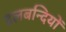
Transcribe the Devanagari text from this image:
दलबन्दियों